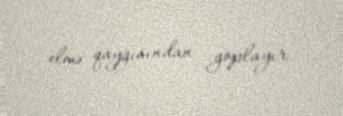
elmə qayğısından goplayır.